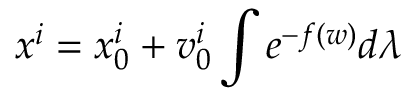
x ^ { i } = x _ { 0 } ^ { i } + v _ { 0 } ^ { i } \int e ^ { - f ( w ) } d \lambda